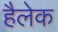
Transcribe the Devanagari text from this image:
हैलेक